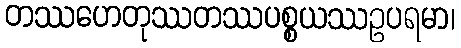
တဿဟေတုဿတဿပစ္စယဿဥပရမာ၊